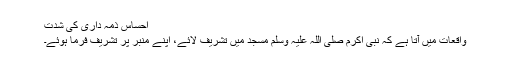
احساسِ ذمہ داری کی شدت
واقعات میں آتا ہے کہ نبی اکرم صلی اللہ علیہ وسلم مسجد میں تشریف لائے، اپنے منبر پر تشریف فرما ہوئے۔